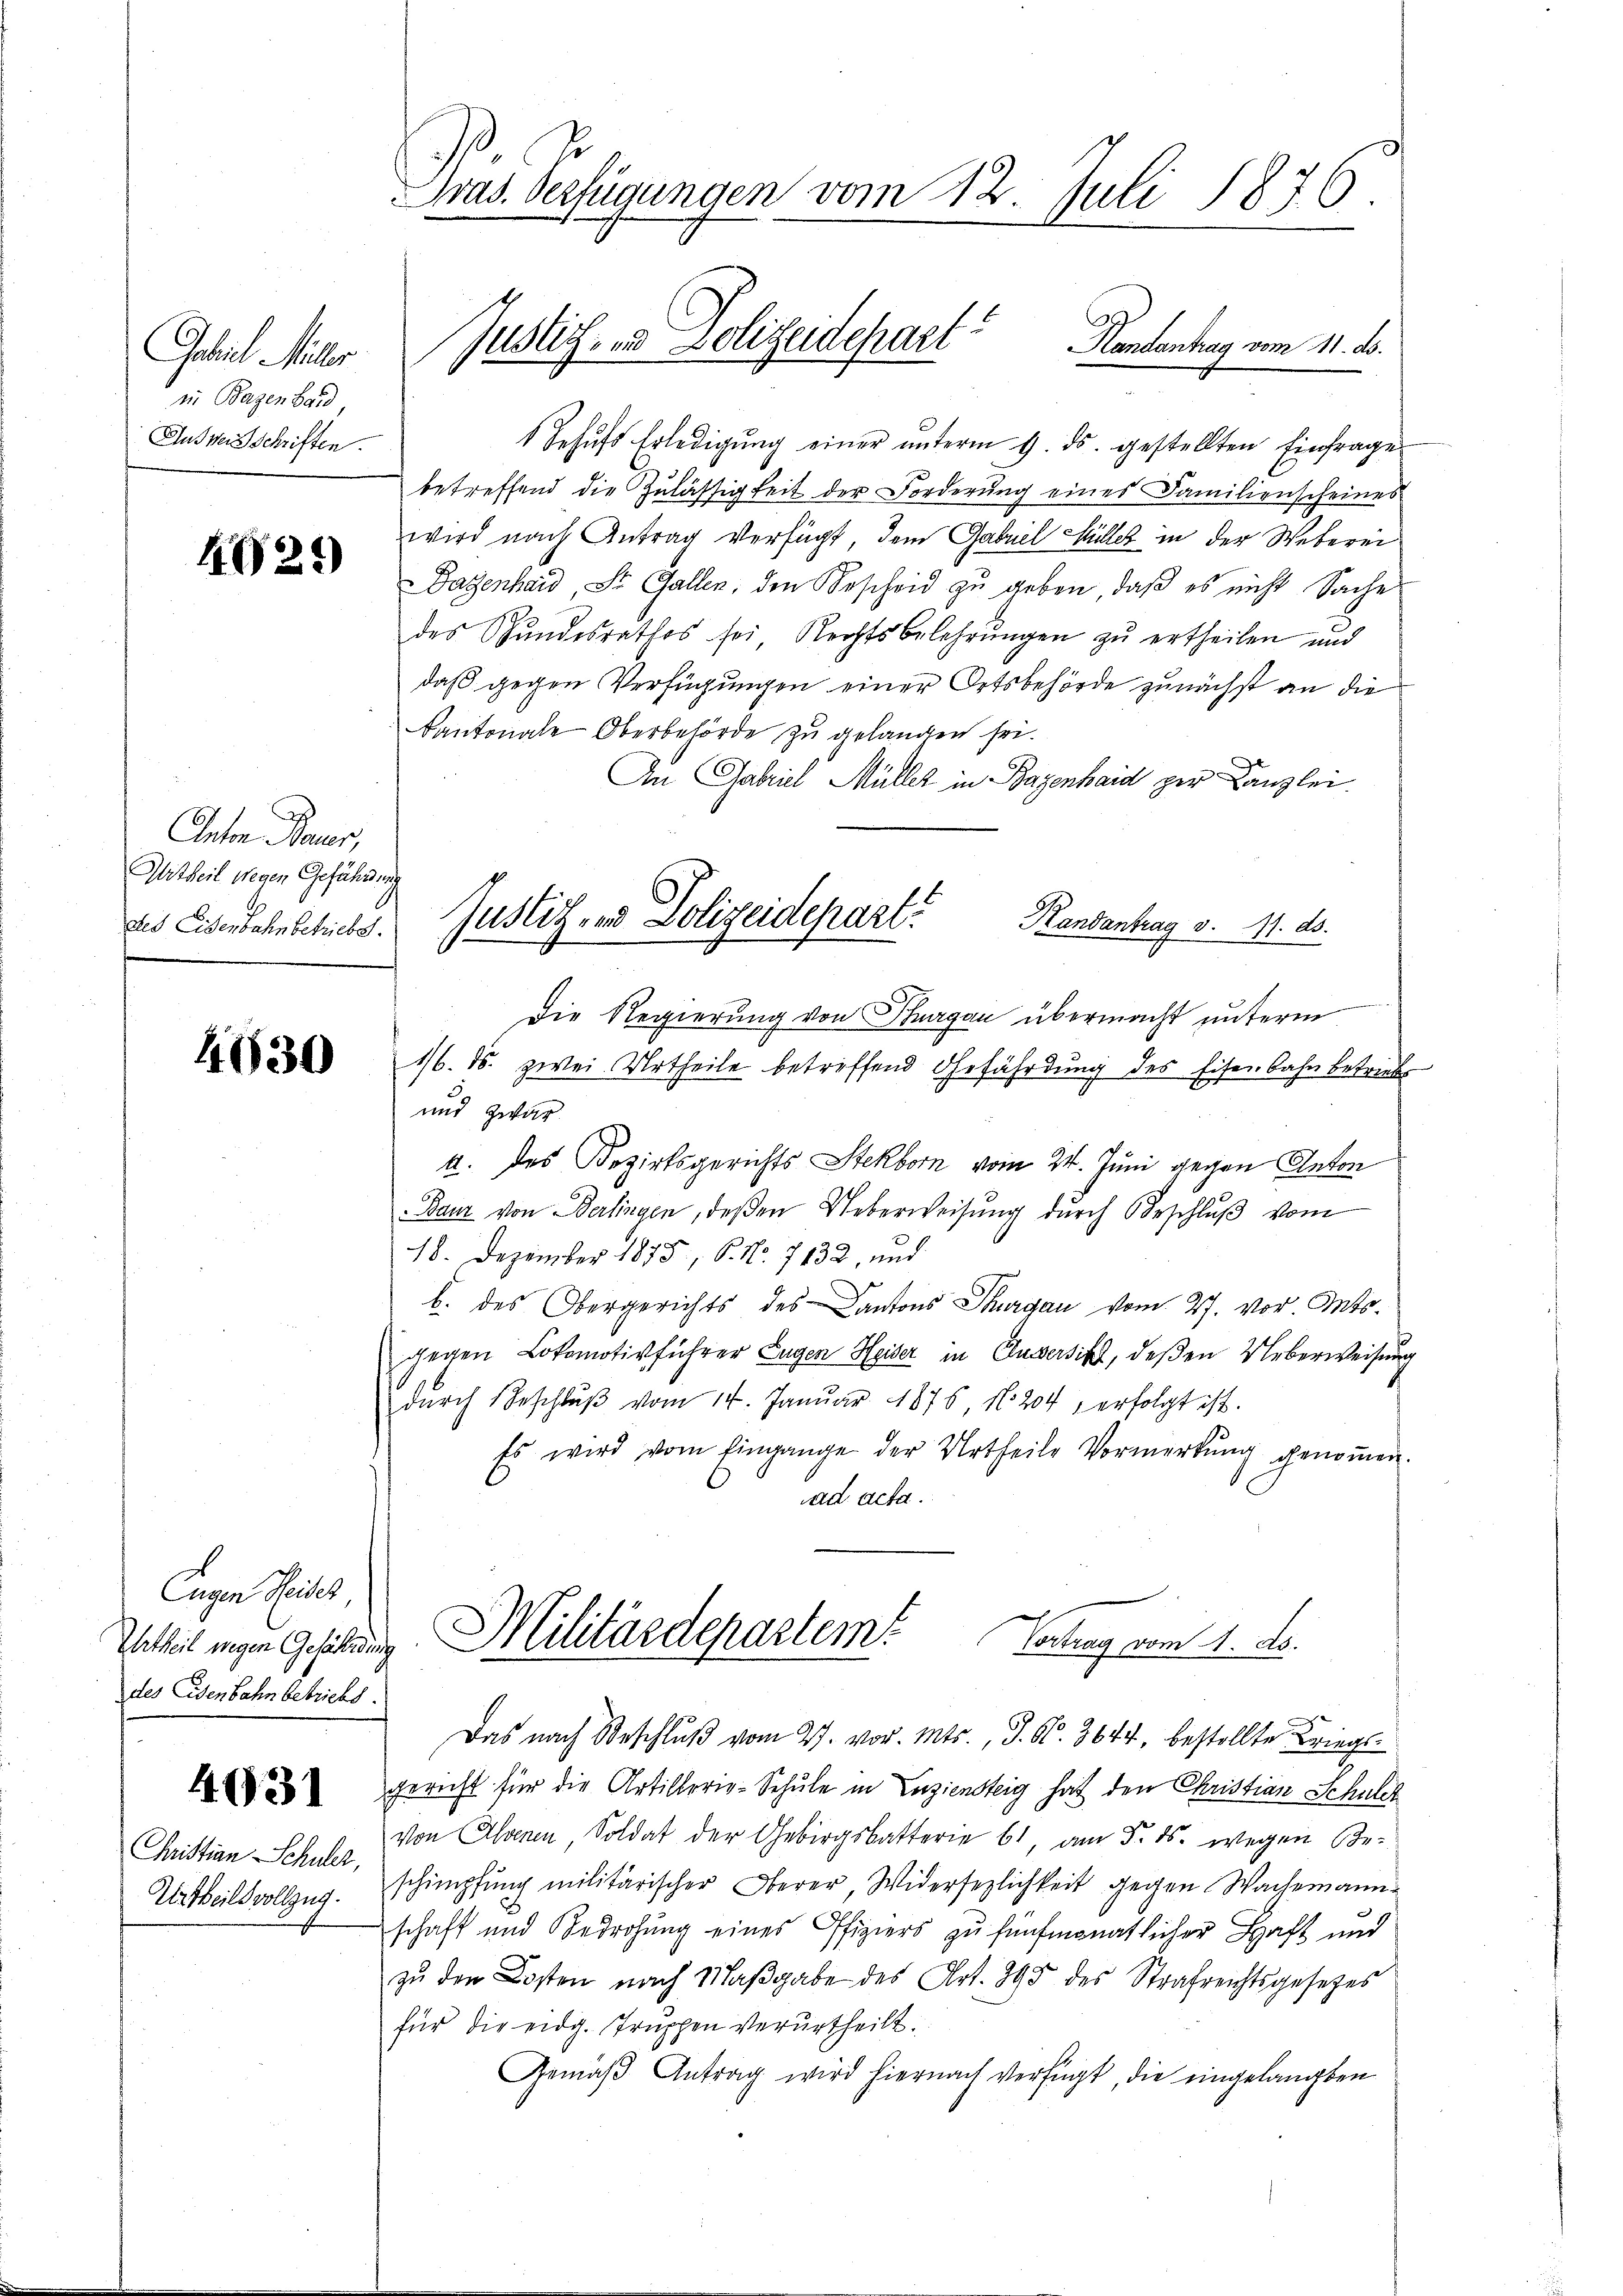
Gehil Mitter
in Bagen Hard
Ausweisschriften.

4025)

Anton Baues,
Urtheil wegen Geführung
des Eisenbahn betriebe.

4630

Eugen Seites
des Eisenbahn betrieht.

4031

Christian Schuler,
Urtheils vollzug.

Gras. Verfügungen vom 12. Juli 1876.

1 Sehŭfs Erledigŭng einer ŭnterm 9. ds. gestellten Einfrages
betreffend die Zulässigkeit der Forderung eines Familienscheines
wird nach Antrag verfügt, dem Gabriel Müller in der Weberei
Dazenhaid, St. Gallen, den Bescheid zu geben, daß es nicht Sache
des Bundesrathes sei Rechtsbelehrŭngen zu ertheilen und
daß gegen Verfügungen einer Ortsbehörde zunächst an die
Kantonale Oberbehörde zu gelangen sei.
An Gabriel Müller in Bazenhaid zur Kanzlei
Die Regierung von Thurgau übermacht unterm
1/6. ds. zwei Urtheile betreffend Gefährdung des Eisenbahn betriebs
und zwar
4. des Bezirksgerichts Stekborn vom 24. Juni gegen Anton
Baur von Berlingen, deßen Ueberweisung dŭrch Oberschlŭβ vom
18. Dezember 1875, S. Nr. 7132, und
b. des Obergerichts des Kantons Thurgau vom 27. vor Antsgegen Lokomotivführer Eugen Heiser in Clusersitz, deßen Ueberweisung
dŭrch Beschlŭβ vom 14. Janŭar 1876, N. 204, erfolgt ist.
Es wird vom Eingange der Urtheile Vormerkŭng genoṁen.
ad acta.
Intheit eigen Gesetzung Militärdepartem Vertrag vom 1. ds.
Das nach Beschluß vom 27. vor. Mts., J. N. 3644, bestellte Kriegsgericht für die Artillerie-Schule in Enziensteig hat den Christian Schulch
von Elsenen, Soldat der Gebirgsbatterie 61, am 5. ds. wegen Beschimpfung militärischer Oberer, Widersezlichkeit gegen Wachemann
schaft und Bedrohung eines Offiziers zu fünfmonatlicher Haft und
zu den Kosten nach Maβgabe des Art. 395 des Strafrechtsgesetzes
für die eidg. Truppen verurtheilt.
Gemäβ Antrag wird hiernach verfügt, die eingelangten

Justich, in Polizeidepart. Kantentag vom 11. d.

Justiz- und Polizeideparti
Handantrag v. 11. ds.